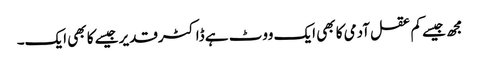
مجھ جیسے کم عقل آدمی کا بھی ایک ووٹ ہے ڈاکٹرقدیر جیسے کا بھی ایک۔